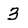
Character: 3